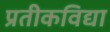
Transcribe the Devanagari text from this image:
प्रतीकविद्या